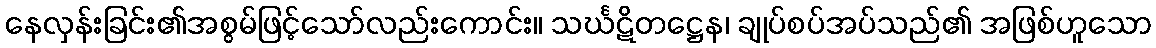
နေလှန်းခြင်း၏အစွမ်ဖြင့်သော်လည်းကောင်း။ သင်္ဃဋိတဋ္ဌေန၊ ချုပ်စပ်အပ်သည်၏ အဖြစ်ဟူသော